Report of the Indian Hemp Drugs Commission, 1894-1895 - Volume IV
Year: 1894
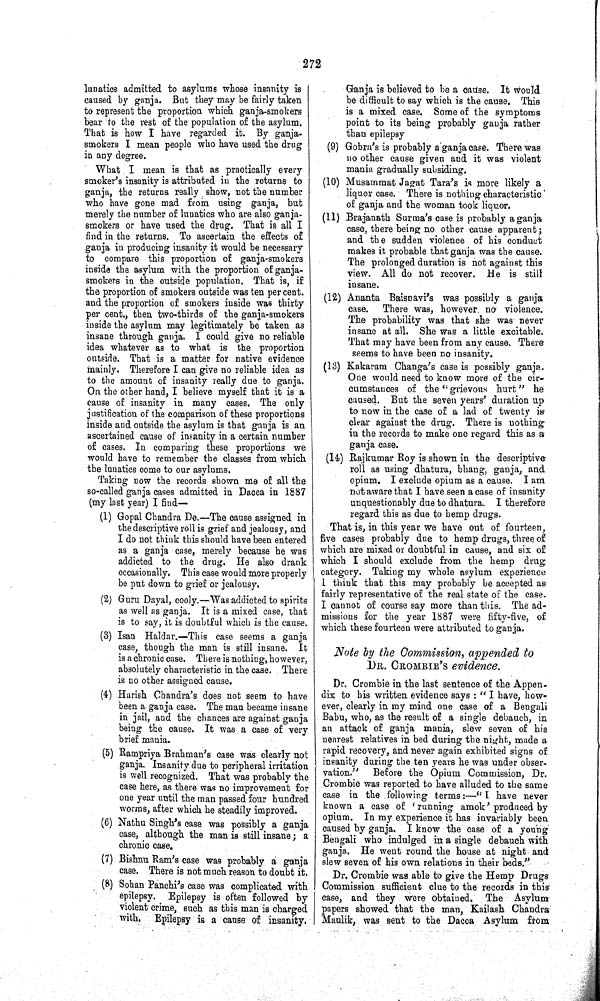
272
lunatics admitted to asylums whose insanity is
caused by ganja. But they may be fairly taken
to represent the proportion which ganja-smokers
bear to the rest of the population of the asylum.
That is how I have regarded it. By ganja-
smokers I mean people who have used the drug
in any degree.
What I mean is that as practically every
smoker's insanity is attributed in the returns to
ganja, the returns really show, not the number
who have gone mad from using ganja, but
merely the number of lunatics who are also ganja-
smokers or have used the drug. That is all I
find in the returns. To ascertain the effects of
ganja in producing insanity it would be necessary
to compare this proportion of ganja-smokers
inside the asylum with the proportion of ganja-
smokers in the outside population. That is, if
the proportion of smokers outside was ten per cent.
and the proportion of smokers inside was thirty
per cent., then two-thirds of the ganja-smokers
inside the asylum may legitimately be taken as
insane through ganja. I could give no reliable
idea whatever as to what is the proportion
outside. That is a matter for native evidence
mainly. Therefore I can give no reliable idea as
to the amount of insanity really due to ganja.
On the other hand, I believe myself that it is a
cause of insanity in many cases. The only
justification of the comparison of these proportions
inside and outside the asylum is that ganja is an
ascertained cause of insanity in a certain number
of cases. In comparing these proportions we
would have to remember the classes from which
the lunatics come to our asylums.
Taking now the records shown me of all the
so-called ganja cases admitted in Dacca in 1887
(my last year) I find—
(1) Gopal Chandra De.—The cause assigned in
the descriptive roll is grief and jealousy, and
I do not think this should have been entered
as a ganja case, merely because he was
addicted to the drug. He also drank
occasionally. This case would more properly
be put down to grief or jealousy.
(2) Guru Dayal, cooly.—Was addicted to spirits
as well as ganja. It is a mixed case, that
is to say, it is doubtful which is the cause.
(3) Isan Haldar.—This case seems a ganja
case, though the man is still insane. It
is a chronic case. There is nothing, however,
absolutely characteristic in the case. There
is no other assigned cause.
(4) Harish Chandra's does not seem to have
been a ganja case. The man became insane
in jail, and the chances are against ganja
being the cause. It was a case of very
brief mania.
(5) Rampriya Brahman's case was clearly not
ganja. Insanity due to peripheral irritation
is well recognized. That was probably the
case here, as there was no improvement for
one year until the man passed four hundred
worms, after which he steadily improved.
(6) Nathu Singh's case was possibly a ganja
case, although the man is still insane; a
chronic case.
(7) Bishnu Ram's case was probably a ganja
case. There is not much reason to doubt it.
(8) Sohan Panchi's case was complicated with
epilepsy. Epilepsy is often followed by
violent crime, such as this man is charged
with. Epilepsy is a cause of insanity.
Ganja is believed to be a cause. It would
be difficult to say which is the cause. This
is a mixed case. Some of the symptoms
point to its being probably ganja rather
than epilepsy
(9) Gobra's is probably a ganja case. There was
no other cause given and it was violent
mania gradually subsiding.
(10) Musammat Jagat Tara's is more likely a
liquor case. There is nothing characteristic
of ganja and the woman took liquor.
(11) Brajanath Surma's case is probably a ganja
case, there being no other cause apparent;
and the sudden violence of his conduct
makes it probable that ganja was the cause.
The prolonged duration is not against this
view. All do not recover. He is still
insane.
(12) Ananta Baisnavi's was possibly a ganja
case. There was, however no violence.
The probability was that she was never
insane at all. She was a little excitable.
That may have been from any cause. There
seems to have been no insanity.
(13) Kakaram Changa's case is possibly ganja.
One would need to know more of the cir-
cumstances of the "grievous hurt" he
caused. But the seven years' duration up
to now in the case of a lad of twenty is
clear against the drug. There is nothing
in the records to make one regard this as a
ganja case.
(14) Rajkumar Roy is shown in the descriptive
roll as using dhatura, bhang, ganja, and
opium. I exclude opium as a cause. I am
not aware that I have seen a case of insanity
unquestionably due to dhatura. I therefore
regard this as due to hemp drugs.
That is, in this year we have out of fourteen,
five cases probably due to hemp drugs, three of
which are mixed or doubtful in cause, and six of
which I should exclude from the hemp drug
category. Taking my whole asylum experience
I think that this may probably be accepted as
fairly representative of the real state of the case.
I cannot of course say more than this. The ad-
missions for the year 1887 were fifty-five, of
which these fourteen were attributed to ganja.
Note by the Commission, appended to
DR. CROMBIE'S evidence.
Dr. Crombie in the last sentence of the Appen-
dix to his written evidence says: "I have, how-
ever, clearly in my mind one case of a Bengali
Babu, who, as the result of a single debauch, in
an attack of ganja mania, slew seven of his
nearest relatives in bed during the night, made a
rapid recovery, and never again exhibited signs of
insanity during the ten years he was under obser-
vation."
Before the Opium Commission, Dr.
Crombie was reported to have alluded to the same
case in the following terms:—"I have never
known a case of 'running amok' produced by
opium. In my experience it has invariably been
caused by ganja. I know the case of a young
Bengali who indulged in a single debauch with
ganja. He went round the house at night and
slew seven of his own relations in their beds."
Dr. Crombie was able to give the Hemp Drugs
Commission sufficient clue to the records in this
case, and they were obtained. The Asylum
papers showed that the man, Kailash Chandra
Maulik, was sent to the Dacca Asylum from